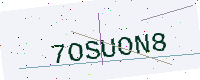
Text: 7OSUON8